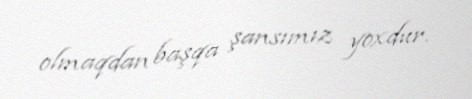
olmaqdan başqa şansımız yoxdur.